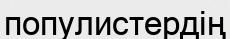
популистердің